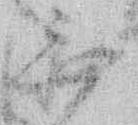
無